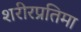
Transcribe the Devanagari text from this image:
शरीरप्रतिमा